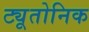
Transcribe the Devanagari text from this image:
ट्यूतोनिक